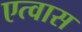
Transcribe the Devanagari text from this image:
एत्वास